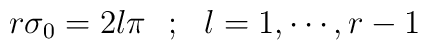
r\sigma_0 = 2l\pi ~~ ;~~ l = 1, \cdots, r-1